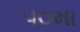
૫૦મા